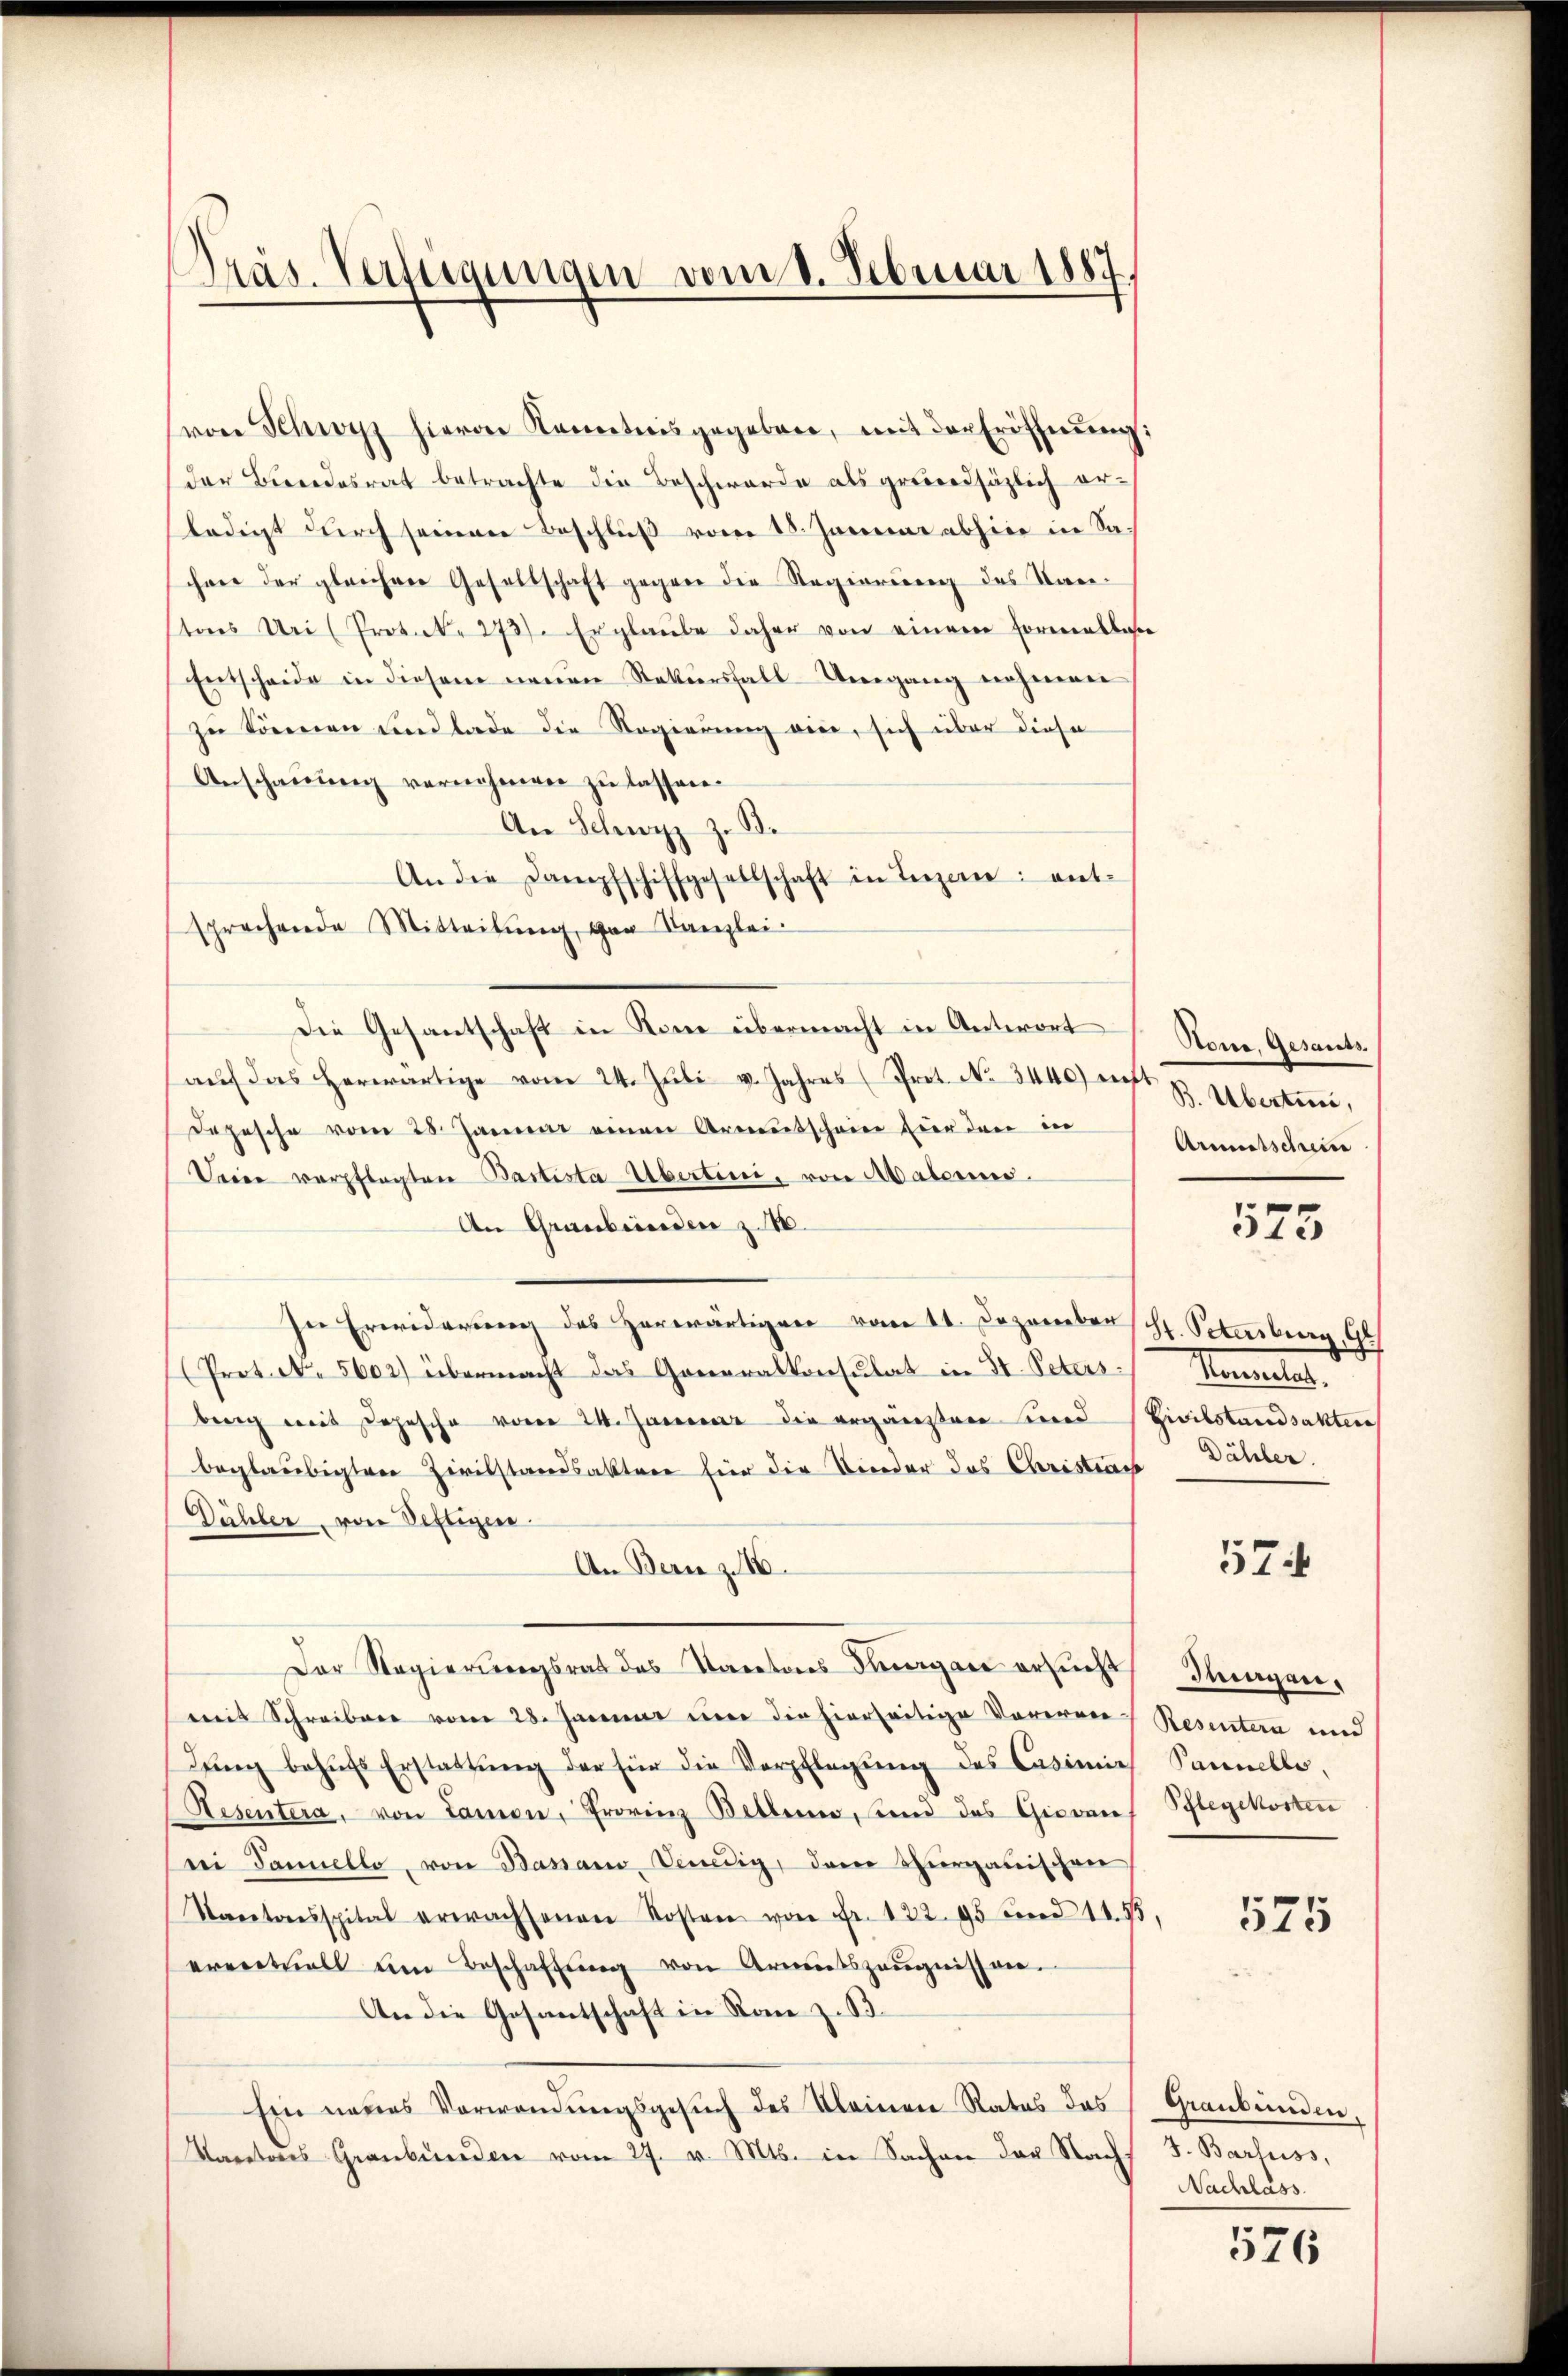
Präs. Verfügungen vom 1. Februar 1887,

von Schwyz hievon Kenntnis gegeben, mit der Eröffnŭng:
der Bundesrat betrachte die Beschwerde als grundsäzlich erledigt durch seinen Beschluß vom 18. Januar abhier in Sachere der gleichner Gesellschaft gegen die Regierung des Kantores Uri (Protol. 1737. Er glaŭbe daher von einem Formentlasse
Entscheide in diesem neuen Rekursfall Umgang nehmen
zu können Lindlade die Regierung vier, sich über diese
Anschauung vernehmen zu lassen.
An Schwyz z. B.
An die Dampfschiffgesellschaft in Terzern: ent-
sprechende Mitteilŭng von Kanzlei-
Die Gesantschaft in Rom übermacht in Antwort Stana, Gesants.
aŭf das herwärtige vom 24. Jŭli v. Jahres (Prot. No. 3440) ent B. Ubertiere,
Depesche vom 28. Januar einen Armutscheine hier den in
Deine verpflegten Bastista Ubertini, von Malerins
An Graubünden z. B.
In Erwiderŭng des herwärtigen vom 11. Dezember Hr. Petenburg, G
(Prot. N. 5602) übermacht das Generalkonsulat in St. Peters
brig weit Depesche vom 24. Januar die ergänzten sind (Zivilstandsakter
beglaubigten Zivilstandsaktere für die Bieder das Christes Dähler.
Dähler, von Seftigen.
An Bern z. 16.
Der Regierungsrat des Kantons Kurgane ersucht
mit Schreiben vom 28. Januar einer die hierseitige Vorerare Resentern und
dŭng behŭfs Erstattŭng der für die Verpflegŭng des Casimie
Resentera, von Lamon, Provinz Bellen, sind das Giovan Schlegekosten
rei Tannello, von Banano, Venedig, dem Thurgauischen
Kantonsspital erwachsenen Kosten von Fr. 122. 95 und 11. 55,
eventuell am Beschaffŭng von Armutszeŭgnissen.
An die Gesantschaft in Ran z. B.
Ein neues Verwendungsgesŭch des Kleinen Rates das Graubünden,
Kartons Graubünden vom 27. v. Mts. in Sachen der Nachs

Armutschein

573

Himels.

574

deigen.
Pannelle,

575

J. Barfuss,
Nachlass.

576